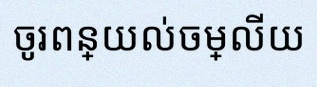
ចូរពន្យល់ចម្លើយ